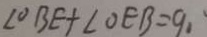
\angle O B E + \angle O E B = 9 0 ^ { \circ }